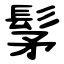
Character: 髳